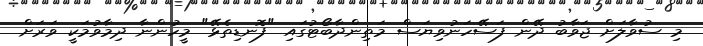
މި ސުވާލަށް ޖަވާބު ދޭން ފަސޭހަނުވިޔަސް މަތިންދާބޯޓުގައި "ފޮނޑިތެޅޭ" މީހުންނާ ދިމާވުމަކީ ވަރަށް